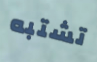
تشتبه